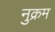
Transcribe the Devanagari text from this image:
नुक्रम